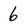
Character: 6